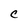
Character: C